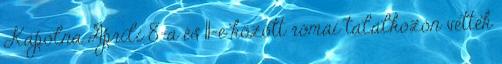
Kápolna Áprili 8-a és 11-e között római találkozón vettek